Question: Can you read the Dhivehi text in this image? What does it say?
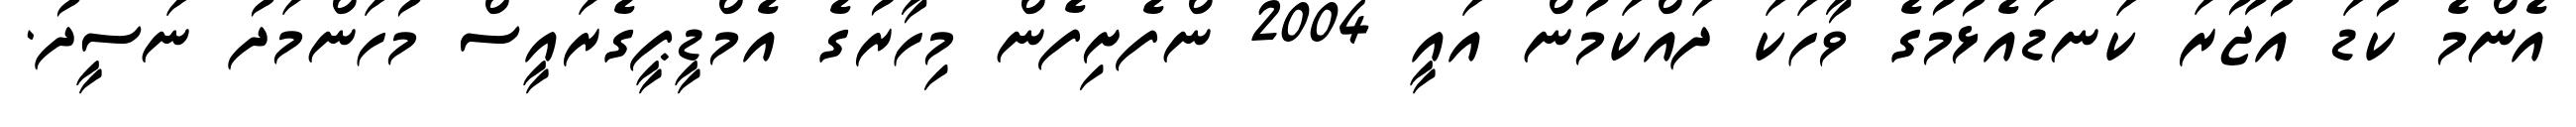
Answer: އެންމެ ކުޑަ އުޖޫރަ ކަނޑައެޅުމުގެ ވާހަކަ ދައްކަމުން އައީ 2004 ންފެށިފެން މިހާރުގެ އެމްޑީޕީގެރައީސް މުހަންމަދު ނަސީދު.